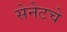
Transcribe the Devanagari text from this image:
सेनेटचे